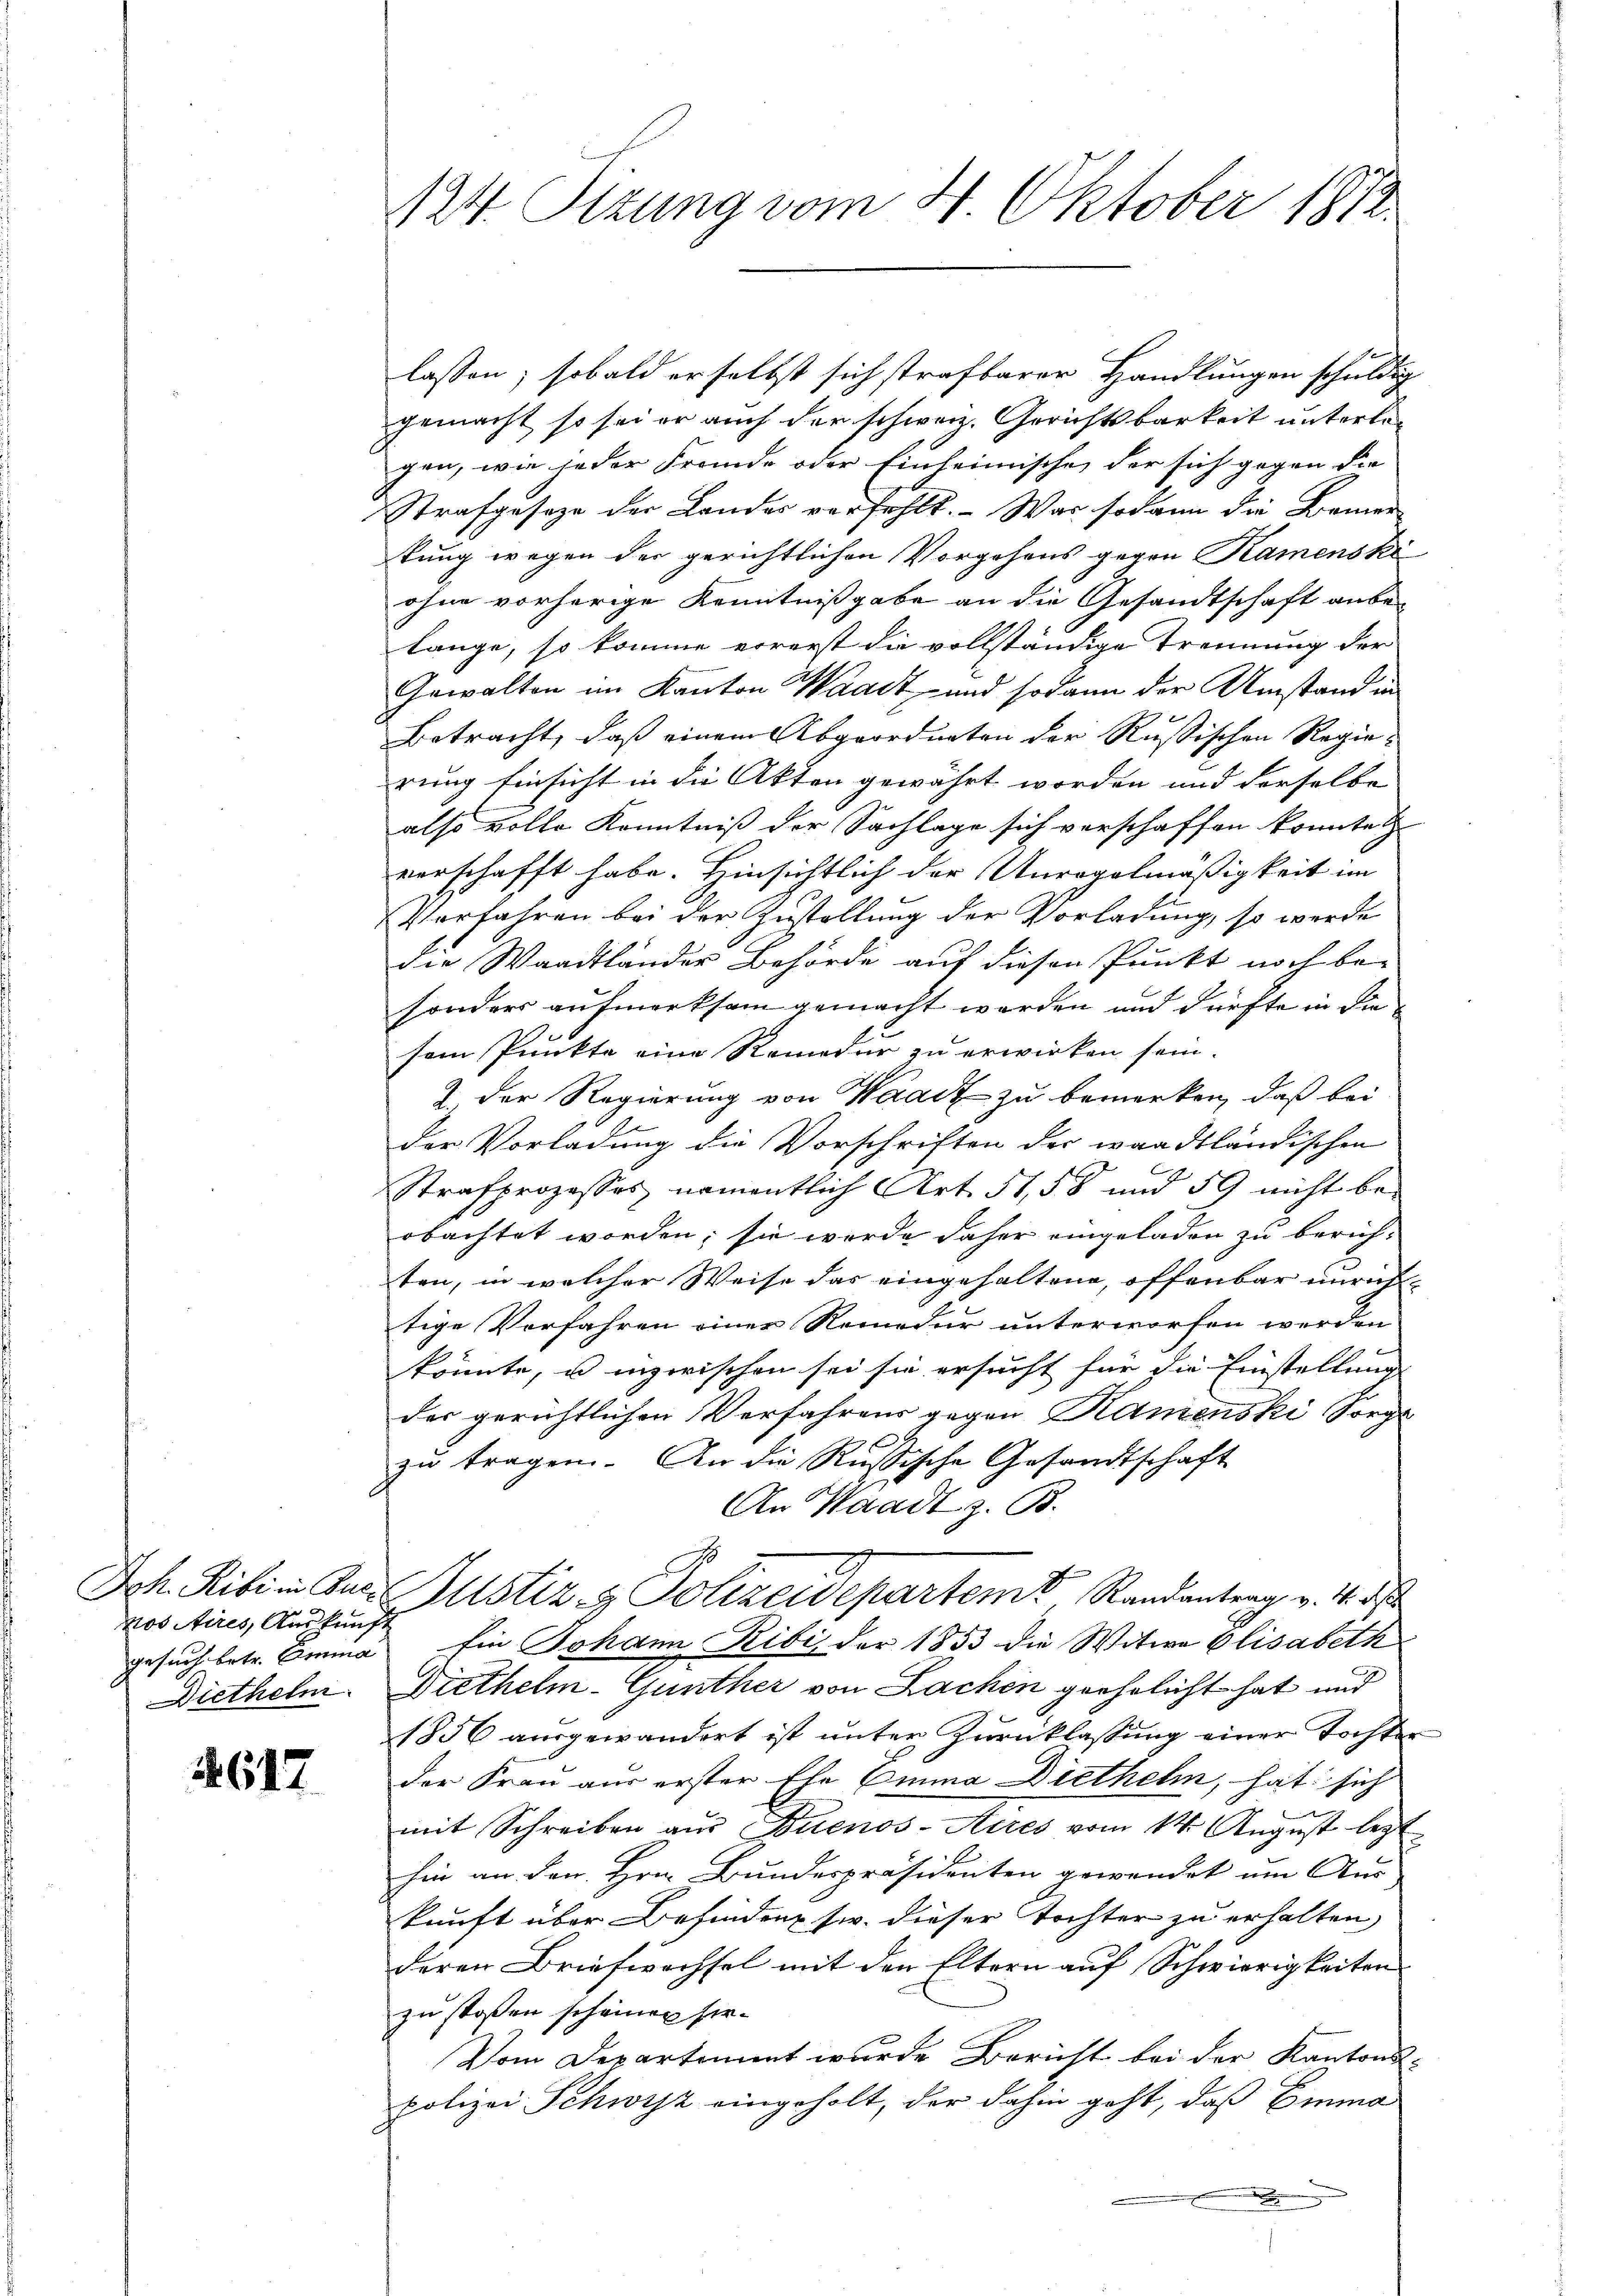
nos Aires, Auskunft
gesuch betr. Emma
Diethelni

617

124 Sizung vom 4. Oktober 1812.

lassen; sobald erselbst sich strafbarer Handlungen schuldig
gemacht so sei er auch der schweiz. Gerichtsbarkeit unterleg
gen, wie jeder Fremde oder Einheimische der sich gegen die
Strafgeseze der Landes verfehlt. Was sodann die Benner
kung wegen der gerichtlichen Vorgehens gegen Kamenski
ohne vorherige Kenntnißgabe an die Gesandtschaft anbe-
lange, so komme errerst die vollständige Trennung der
Gewalten im Kanton Waadt und sodann der Umstand in
Betracht, daß einem Abgeordneten der Russischen Regierung Einsicht in die Akten gewährt worden und derselbe
also volle Kenntniß der Sachlage sich verschaffen konntet
verschafft habe. Hinsichtlich der Anregelmäßigkeit im
Verfahren bei der Zustellung der Vorladung, so werde
die Waadtländer Behörde auf diesen Punkt noch be-
sonders aufmerksam gemacht worden und dürfte in die
sem Punkte eine Remedur zu erwirken sein.
2. Der Regierung von Waadt zu bemerken, daß bei
der Vorladung die Vorschriften der waadtländischen
Strafprozessos namentlich Art. 51,58 und 59 nicht be-
obachtet worden; sie werde daher eingeladen zu berich-
ten, in welcher Weise das eingehaltene, offenbar unrich
tige Vorfahren einer Remedur unterworfen werden
könnte, u inzwischen sei sie ersucht für die Einstellung
der gerichtlichen Verfahrens gegen Ramenski Sorge
.
zu tragen. An die Russische Gesandtschaft
An Waadt z. B.
Ich. Ribi in und Justiz- & Polizeidepartem Randantrag v. 14. d
Ein Johann Ribi, der 1853 die Witwe Elisabeth
Diethelm-Gunther von Lachen geehrlicht hat und
1856 ausgewandert ist unter Zurücklassung einer Tochte
der Frau aus erster Ehe Emma Diethelm, hat sich
mit Schreiben aus Buenos-Ayres vom 14. August legt
hin an den Hrn. Bundespräsidenten gewendet um Aus
kunft über Befindenz sw. dieser Tochter zu erhalten,
deren Briefwechsel mit den Eltern auf Schwierigkeiten
zu stoßen scheinen sie.
Vom Departimmt wurde Bericht bei der Kantons-
polizei Schwyz eingeholt, der dahin geht, daß Emma